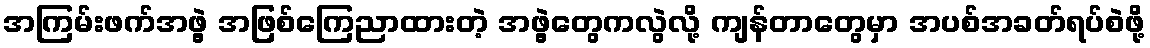
အကြမ်းဖက်အဖွဲ့ အဖြစ်ကြေညာထားတဲ့ အဖွဲ့တွေကလွဲလို့ ကျန်တာတွေမှာ အပစ်အခတ်ရပ်စဲဖို့